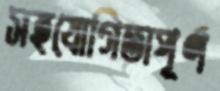
সহযোগিতাপূর্ণ